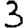
Digit: 3